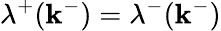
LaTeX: \lambda^{+}(\mathbf{k}^{-})=\lambda^{-}(\mathbf{k}^{-})